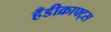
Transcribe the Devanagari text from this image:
हँडीक्राफ्ट्स